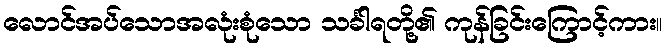
လောင်အပ်သောအလုံးစုံသော သင်္ခါရတို့၏ ကုန်ခြင်းကြောင့်ကား။